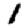
Digit: 1